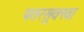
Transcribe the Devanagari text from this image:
पतरसुक्खा